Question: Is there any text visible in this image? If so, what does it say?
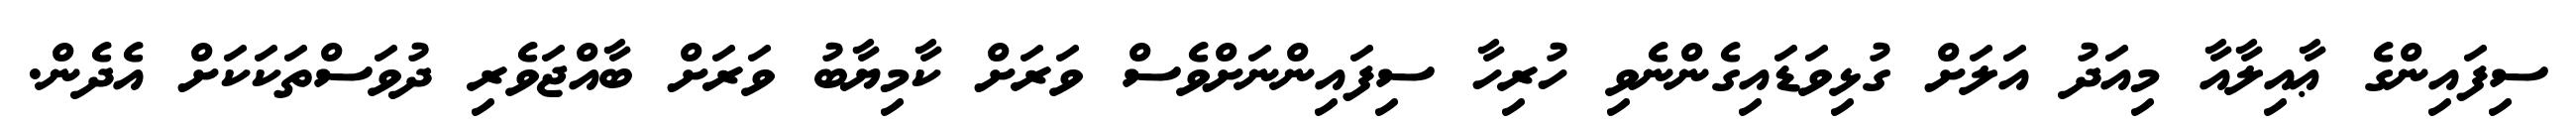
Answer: ސިފައިންގެ ޢާއިލާއާ މިއަދު އަލަށް ގުޅިވަޑައިގެންނެވި ހުރިހާ ސިފައިންނަށްވެސް ވަރަށް ކާމިޔާބު ވަރަށް ބާއްޖަވެރި ދުވަސްތަކަކަށް އެދެން.